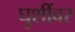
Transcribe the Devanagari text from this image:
घुशींवर